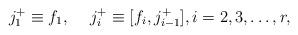
LaTeX: \begin{align*}j^+_1 \equiv f_1, {\hskip 0.5cm} j^+_i \equiv [ f_{i} , j^+_{i-1}] , i = 2,3,\dots, r,\end{align*}